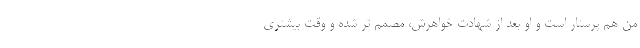
من هم پرستار است و او بعد از شهادت خواهرش، مصمم تر شده و وقت بیشتری